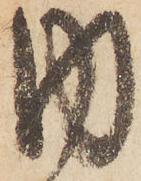
内